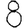
Digit: 8